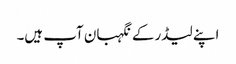
اپنے لیڈر کے نگہبان آپ ہیں۔